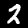
Digit: 2